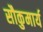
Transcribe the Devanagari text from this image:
सौकुमार्य